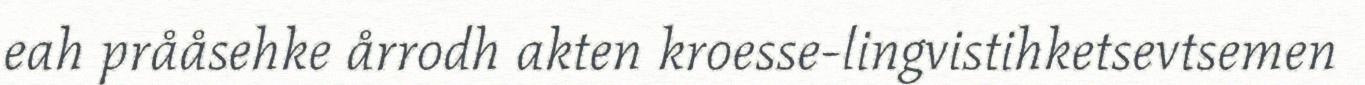
eah prååsehke årrodh akten kroesse-lingvistihketsevtsemen